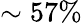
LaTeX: \sim 57\%